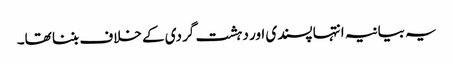
یہ بیانیہ انتہا پسندی اور دہشت گردی کے خلاف بننا تھا۔